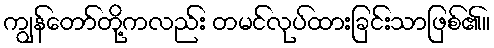
ကျွန်တော်တို့ကလည်း တမင်လုပ်ထားခြင်းသာဖြစ်၏။